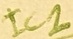
Text: IC2